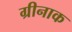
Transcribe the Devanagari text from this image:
ग्रीनाक